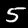
Label: 5